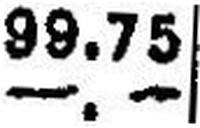
—.—